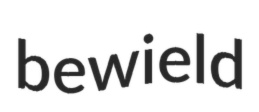
bewield